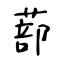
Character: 蔀